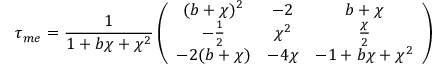
\tau _ { m e } = \frac { 1 } { 1 + b \chi + \chi ^ { 2 } } \left( \begin{array} { c c c } { { ( b + \chi ) ^ { 2 } } } & { { - 2 } } & { { b + \chi } } \\ { { - \frac { 1 } { 2 } } } & { { \chi ^ { 2 } } } & { { \frac { \chi } { 2 } } } \\ { { - 2 ( b + \chi ) } } & { { - 4 \chi } } & { { - 1 + b \chi + \chi ^ { 2 } } } \end{array} \right)